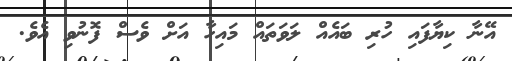
އޭނާ ކިޔާފައި ހުރި ބައެއް ލަވަތައް މައިހާ އަށް ވެސް ފޮނުވި އެވެ.